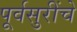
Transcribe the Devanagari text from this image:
पूर्वसुरींचे